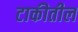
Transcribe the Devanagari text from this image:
टाकीतील